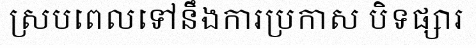
ស្របពេលទៅនឹងការប្រកាស បិទផ្សារ